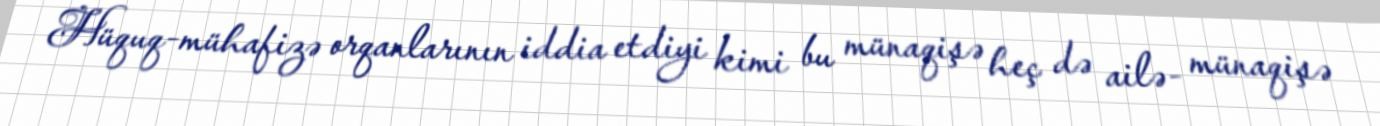
Hüquq-mühafizə orqanlarının iddia etdiyi kimi bu münaqişə heç də ailə- münaqişə